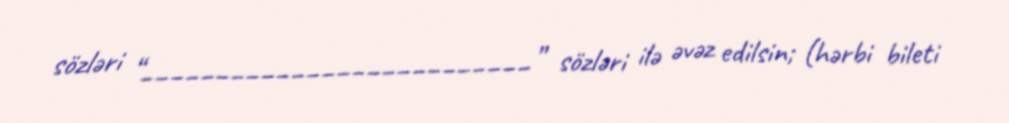
sözləri “__________________________” sözləri ilə əvəz edilsin; (hərbi bileti